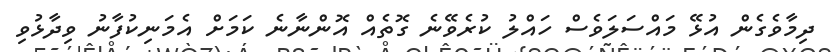
ދިމާވެގެން އުޅޭ މައްސަލަވެސް ހައްލު ކުރެވޭނެ ގޮތެއް އޮންނާނެ ކަމަށް އެމަނިކުފާނު ވިދާޅުވި